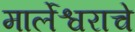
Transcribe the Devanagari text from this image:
मार्लेश्वराचे